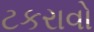
ટકરાવો